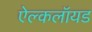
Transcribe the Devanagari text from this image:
ऐल्कलॉयड